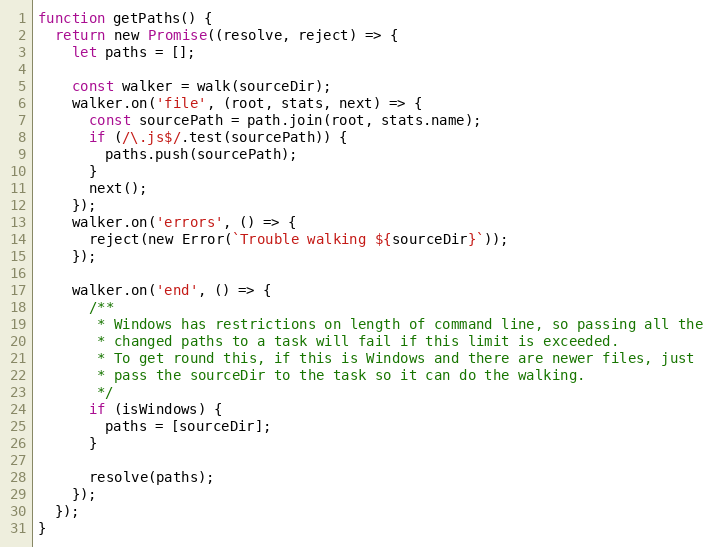
Language: JavaScript
function getPaths() {
  return new Promise((resolve, reject) => {
    let paths = [];

    const walker = walk(sourceDir);
    walker.on('file', (root, stats, next) => {
      const sourcePath = path.join(root, stats.name);
      if (/\.js$/.test(sourcePath)) {
        paths.push(sourcePath);
      }
      next();
    });
    walker.on('errors', () => {
      reject(new Error(`Trouble walking ${sourceDir}`));
    });

    walker.on('end', () => {
      /**
       * Windows has restrictions on length of command line, so passing all the
       * changed paths to a task will fail if this limit is exceeded.
       * To get round this, if this is Windows and there are newer files, just
       * pass the sourceDir to the task so it can do the walking.
       */
      if (isWindows) {
        paths = [sourceDir];
      }

      resolve(paths);
    });
  });
}